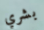
بشري